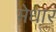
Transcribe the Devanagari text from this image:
मेधार